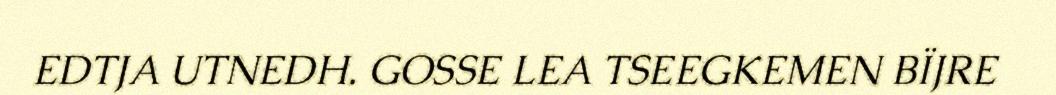
EDTJA UTNEDH. GOSSE LEA TSEEGKEMEN BÏJRE